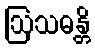
ဩသဓန္တိ